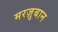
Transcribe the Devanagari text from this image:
मरज़ुबान